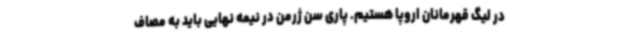
در لیگ قهرمانان اروپا هستیم. پاری سن ژرمن در نیمه نهایی باید به مصاف